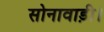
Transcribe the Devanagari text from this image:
सोनावाड़ी।